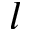
l